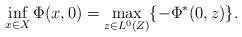
LaTeX: \begin{align*}\inf_{x\in X}\Phi(x,0)=\max_{z\in L^0(Z)} \{-\Phi^\ast(0,z)\}.\end{align*}